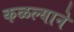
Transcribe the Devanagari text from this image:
कळल्याने